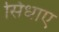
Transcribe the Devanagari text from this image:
सिधाए